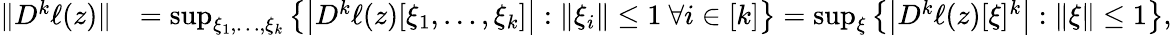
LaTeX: \begin{array}{rl}{\| D^{k}\ell(z)\| }&{=\operatorname*{sup}_{\xi_{1},\ldots,\xi_{k}}\left\{ \left|D^{k}\ell(z)[\xi_{1},\ldots,\xi_{k}]\right|:\| \xi_{i}\| \leq 1~\forall i\in[k]\right\} =\operatorname*{sup}_{\xi}\left\{ \left|D^{k}\ell(z)[\xi]^{k}\right|:\| \xi\| \leq 1\right\} ,}\end{array}